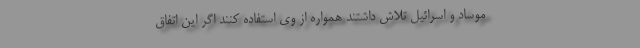
موساد و اسرائیل تلاش داشتند همواره از وی استفاده کنند اگر این اتفاق